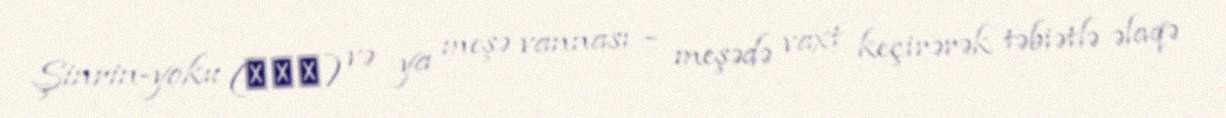
Şinrin-yoku (森林浴) və ya meşə vannası – meşədə vaxt keçirərək təbiətlə əlaqə